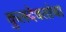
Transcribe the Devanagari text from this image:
कुलदेवतांचा